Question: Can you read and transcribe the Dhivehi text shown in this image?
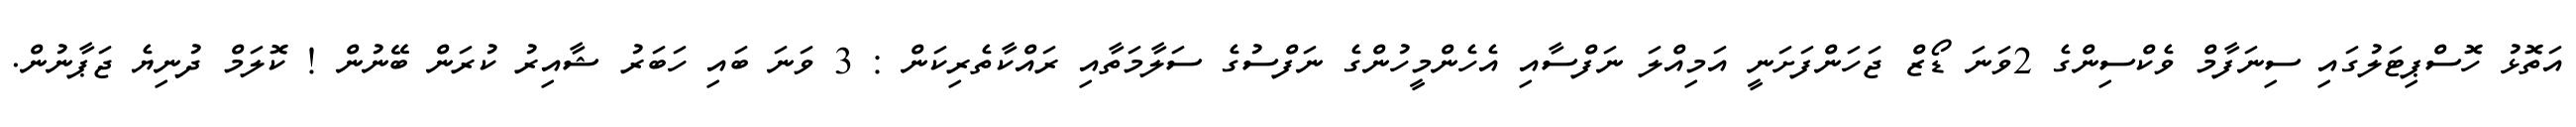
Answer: އަތޮޅު ހޮސްޕިޓަލުގައި ސިނަފާމް ވެކްސިންގެ 2ވަނަ ޑޯޒް ޖަހަންފަށަނީ އަމިއްލަ ނަފްސާއި އެހެންމީހުންގެ ނަފްސުގެ ސަލާމަތާއި ރައްކާތެރިކަން : 3 ވަނަ ބައި ހަބަރު ޝާއިރު ކުރަން ބޭނުން ! ކޮލަމް ދުނިޔެ ޖަޕާނުން.